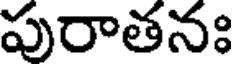
పురాతనః